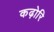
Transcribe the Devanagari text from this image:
कढ़ोरि